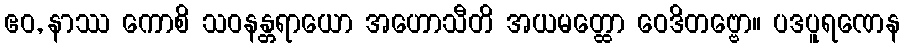
ဧဝ, နာဿ ကောစိ သဝနန္တရာယော အဟောသီတိ အယမတ္ထော ဝေဒိတဗ္ဗော။ ပဒပူရဏေန